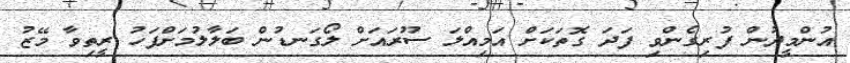
އުންމީދުން ފުރިގެންވި ފަދަ ގޮތަކަށް އަމިއްލަ ސޫރައަށް ލޯގަނޑުން ބަލާލުމަށްފަހު ރީތިވާ މޭޒު